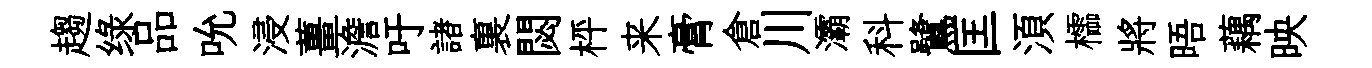
趨绿品吮浸薑澹吁諸裏閟枰来膏倉川灞科鷺匡湏櫺將晤藕映